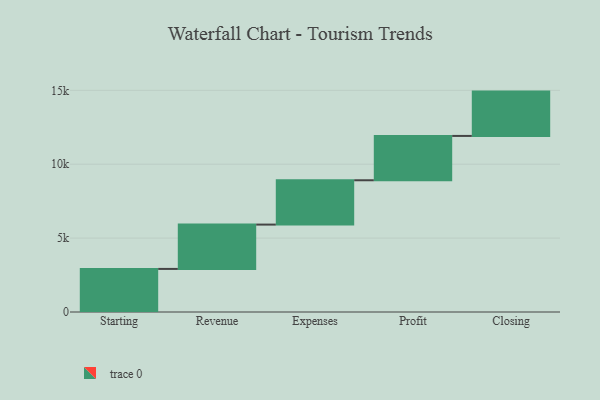
{"axis": {"x": "Step", "y": "Value"}, "legend": [""], "data": [{"x": "Starting", "y": 2915.0, "type": ""}, {"x": "Revenue", "y": 3000, "type": ""}, {"x": "Expenses", "y": 3000, "type": ""}, {"x": "Profit", "y": 3000, "type": ""}, {"x": "Closing", "y": 3000, "type": ""}]}